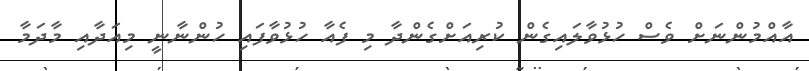
އާއްމުންނަށް ވެސް ހުޅުވާލައިގެން ކުރިއަށްގެންދާ މި ފެއާ ހުޅުވާފައި ހުންނާނީ މިއަދާއި މާދަމާ